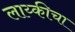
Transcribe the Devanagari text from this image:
लाय्कीचा